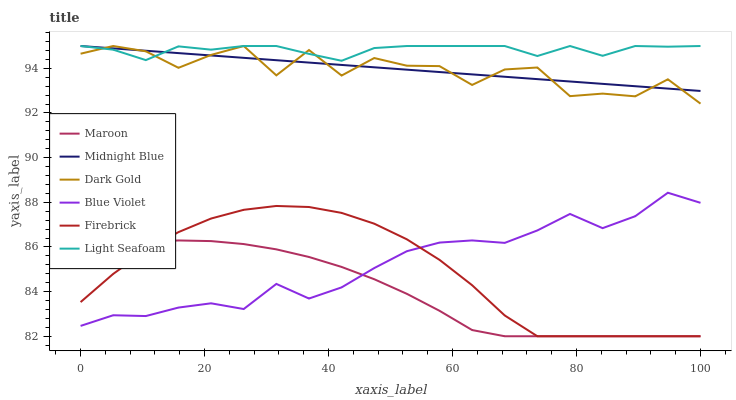
| xaxis_label | Maroon | Midnight Blue | Dark Gold | Blue Violet | Firebrick | Light Seafoam |
 | --- | --- | --- | --- | --- | --- | --- |
 | 0 | 85.8 | 95 | 94.7 | 82.5 | 83.5 | 95 |
 | 5.26 | 86 | 94.9 | 95 | 82.9 | 84.8 | 94.8 |
 | 10.5 | 86.2 | 94.8 | 94.8 | 82.9 | 85.8 | 94.4 |
 | 15.8 | 86.3 | 94.7 | 94 | 83.3 | 86.7 | 95 |
 | 21.1 | 86.3 | 94.6 | 94.6 | 83.5 | 87.3 | 94.8 |
 | 26.3 | 86.1 | 94.5 | 95 | 83.2 | 87.7 | 95 |
 | 31.6 | 85.9 | 94.4 | 93.7 | 84.3 | 87.8 | 95 |
 | 36.8 | 85.6 | 94.3 | 94.8 | 83.7 | 87.8 | 94.6 |
 | 42.1 | 85.1 | 94.2 | 93.7 | 84.2 | 87.5 | 94.3 |
 | 47.4 | 84.6 | 94 | 94.5 | 85.1 | 87 | 94.9 |
 | 52.6 | 83.9 | 93.9 | 94.1 | 85.8 | 86.3 | 95 |
 | 57.9 | 83.1 | 93.8 | 94.1 | 86.2 | 85.4 | 95 |
 | 63.2 | 82.3 | 93.7 | 93.3 | 86.3 | 84.3 | 95 |
 | 68.4 | 82 | 93.6 | 93.9 | 86.2 | 82.9 | 95 |
 | 73.7 | 82 | 93.5 | 94 | 86.7 | 82 | 94.6 |
 | 78.9 | 82 | 93.4 | 92.8 | 87.5 | 82 | 95 |
 | 84.2 | 82 | 93.3 | 92.9 | 86.8 | 82 | 94.6 |
 | 89.5 | 82 | 93.2 | 92.7 | 87.4 | 82 | 95 |
 | 94.7 | 82 | 93.1 | 93.5 | 88.4 | 82 | 95 |
 | 100 | 82 | 93 | 92.4 | 88 | 82 | 95 |